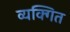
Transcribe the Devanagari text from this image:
व्यक्गित